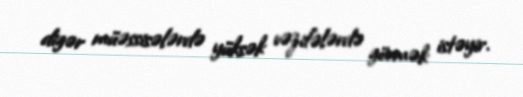
digər müəssisələrdə yüksək vəzifələrdə görmək istəyir.